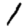
Digit: 1